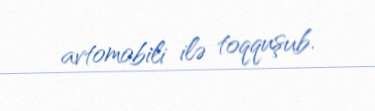
avtomobili ilə toqquşub.